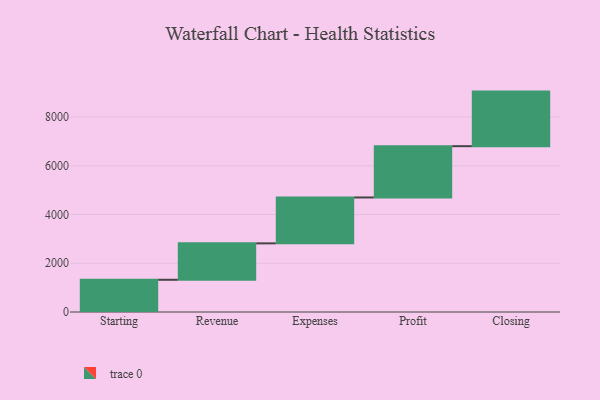
{"axis": {"x": "Step", "y": "Value"}, "legend": [""], "data": [{"x": "Starting", "y": 1322.0, "type": ""}, {"x": "Revenue", "y": 1494.0, "type": ""}, {"x": "Expenses", "y": 1883.0, "type": ""}, {"x": "Profit", "y": 2104.0, "type": ""}, {"x": "Closing", "y": 2239.0, "type": ""}]}